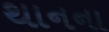
થાનના